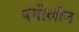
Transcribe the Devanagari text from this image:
पंगोलीन